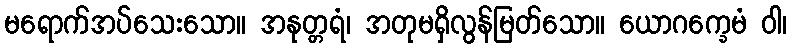
မရောက်အပ်သေးသော။ အနုတ္တရံ၊ အတုမရှိလွန်မြတ်သော။ ယောဂက္ခေမံ ဝါ၊